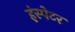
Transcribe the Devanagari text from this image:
इंस्पेटर